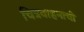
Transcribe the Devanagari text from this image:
चित्रवाहनाची